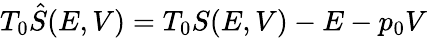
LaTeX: T_{0}\hat{S}(E,V)=T_{0}S(E,V)-E-p_{0}V